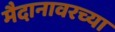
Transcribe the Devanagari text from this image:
मैदानावरच्या